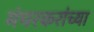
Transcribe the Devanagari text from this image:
मंचरकरांच्या